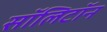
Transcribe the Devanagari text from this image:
सॉलिटॉन